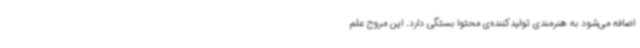
اضافه می‌شود به هنرمندی تولیدکننده‌ی محتوا بستگی دارد. این مروج علم